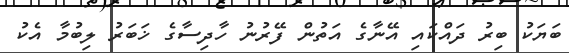
ބަޔަކު ބިރު ދައްކައި އޭނާގެ އަތުން ފޭރުނު ހާދިސާގެ ޚަބަރު ލިބުމާ އެކު